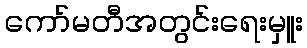
ကော်မတီအတွင်းရေးမှူး